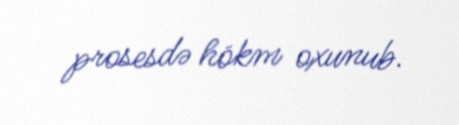
prosesdə hökm oxunub.